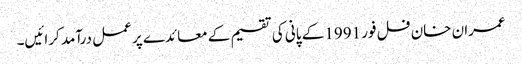
عمران خان فل فور 1991 کے پانی کی تقسیم کے معائدے پر عمل درآمد کرائیں۔